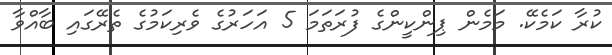
ކުރާ ކަމެކޭ. މަމެން ޕިންކީންގެ ފުރަތަމަ 5 އަހަރުގެ ވެރިކަމުގެ ތެރޭގައި ބާއްވާ